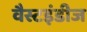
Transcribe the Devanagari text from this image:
वैस्टइंडीज